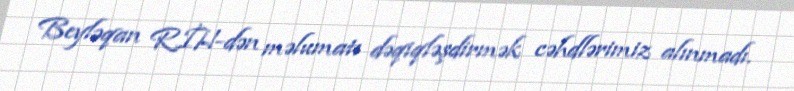
Beyləqan RİH-dən məlumatı dəqiqləşdirmək cəhdlərimiz alınmadı.